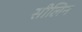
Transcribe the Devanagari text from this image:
सीलिन